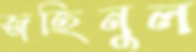
জহিনুল